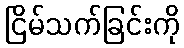
ငြိမ်သက်ခြင်းကို